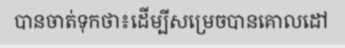
បានចាត់ទុកថា៖ដើម្បីសម្រេចបានគោលដៅ